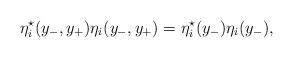
LaTeX: \begin{align*}{\eta}_i^{\star}(y_{-},y_{+}) {\eta}_i(y_{-},y_{+}) ={\eta}_i^{\star}(y_{-}) {\eta}_i(y_{-}),\end{align*}